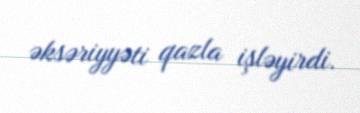
əksəriyyəti qazla işləyirdi.